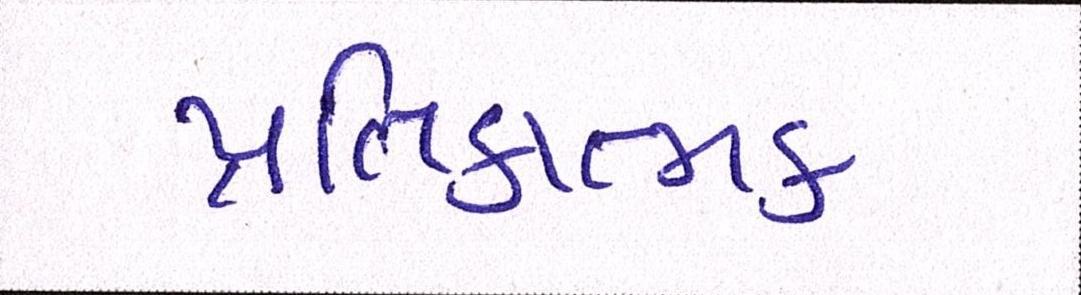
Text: પ્રતિકાત્મક